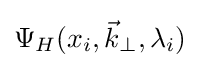
\Psi _{H}(x_{i},{\vec {k}}_{\perp },\lambda _{i})